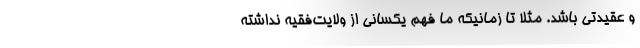
و عقیدتی باشد. مثلاً تا زمانیکه ما فهم یکسانی از ولایت‌فقیه نداشته